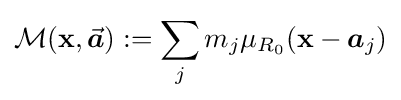
{\mathcal {M}}(\mathbf {x} ,{\vec {\boldsymbol {a}}}):=\sum _{j}m_{j}\mu _{R_{0}}(\mathbf {x} -{\boldsymbol {a}}_{j})